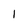
Character: 1